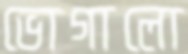
ভোগালো